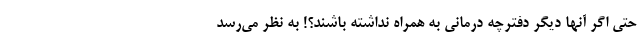
حتی اگر آنها دیگر دفترچه درمانی به همراه نداشته باشند؟! به نظر می‌رسد